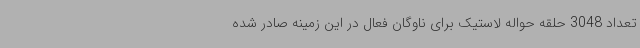
تعداد 3048 حلقه حواله لاستیک برای ناوگان فعال در این زمینه صادر شده